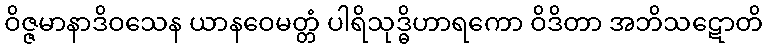
ဝိဇ္ဇမာနာဒိဝသေန ယာနဝေမတ္တံ ပါရိသုဒ္ဓိဟာရကော ဝိဒိတာ အဘိသဋောတိ